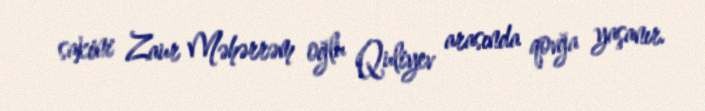
sakini Zaur Məhərrəm oğlu Quliyev arasında qovğa yaşanır.